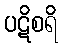
ပဋိစရိ